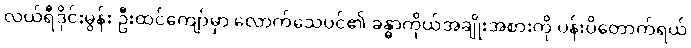
လယ်ရီဒိုင်းမွန်း ဦးထင်ကျော်မှာ လောက်သေပင်၏ ခန္ဓာကိုယ်အချိုးအစားကို ပန်းပိတောက်ရယ်